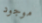
موجود